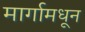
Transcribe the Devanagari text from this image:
मार्गामधून